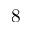
8